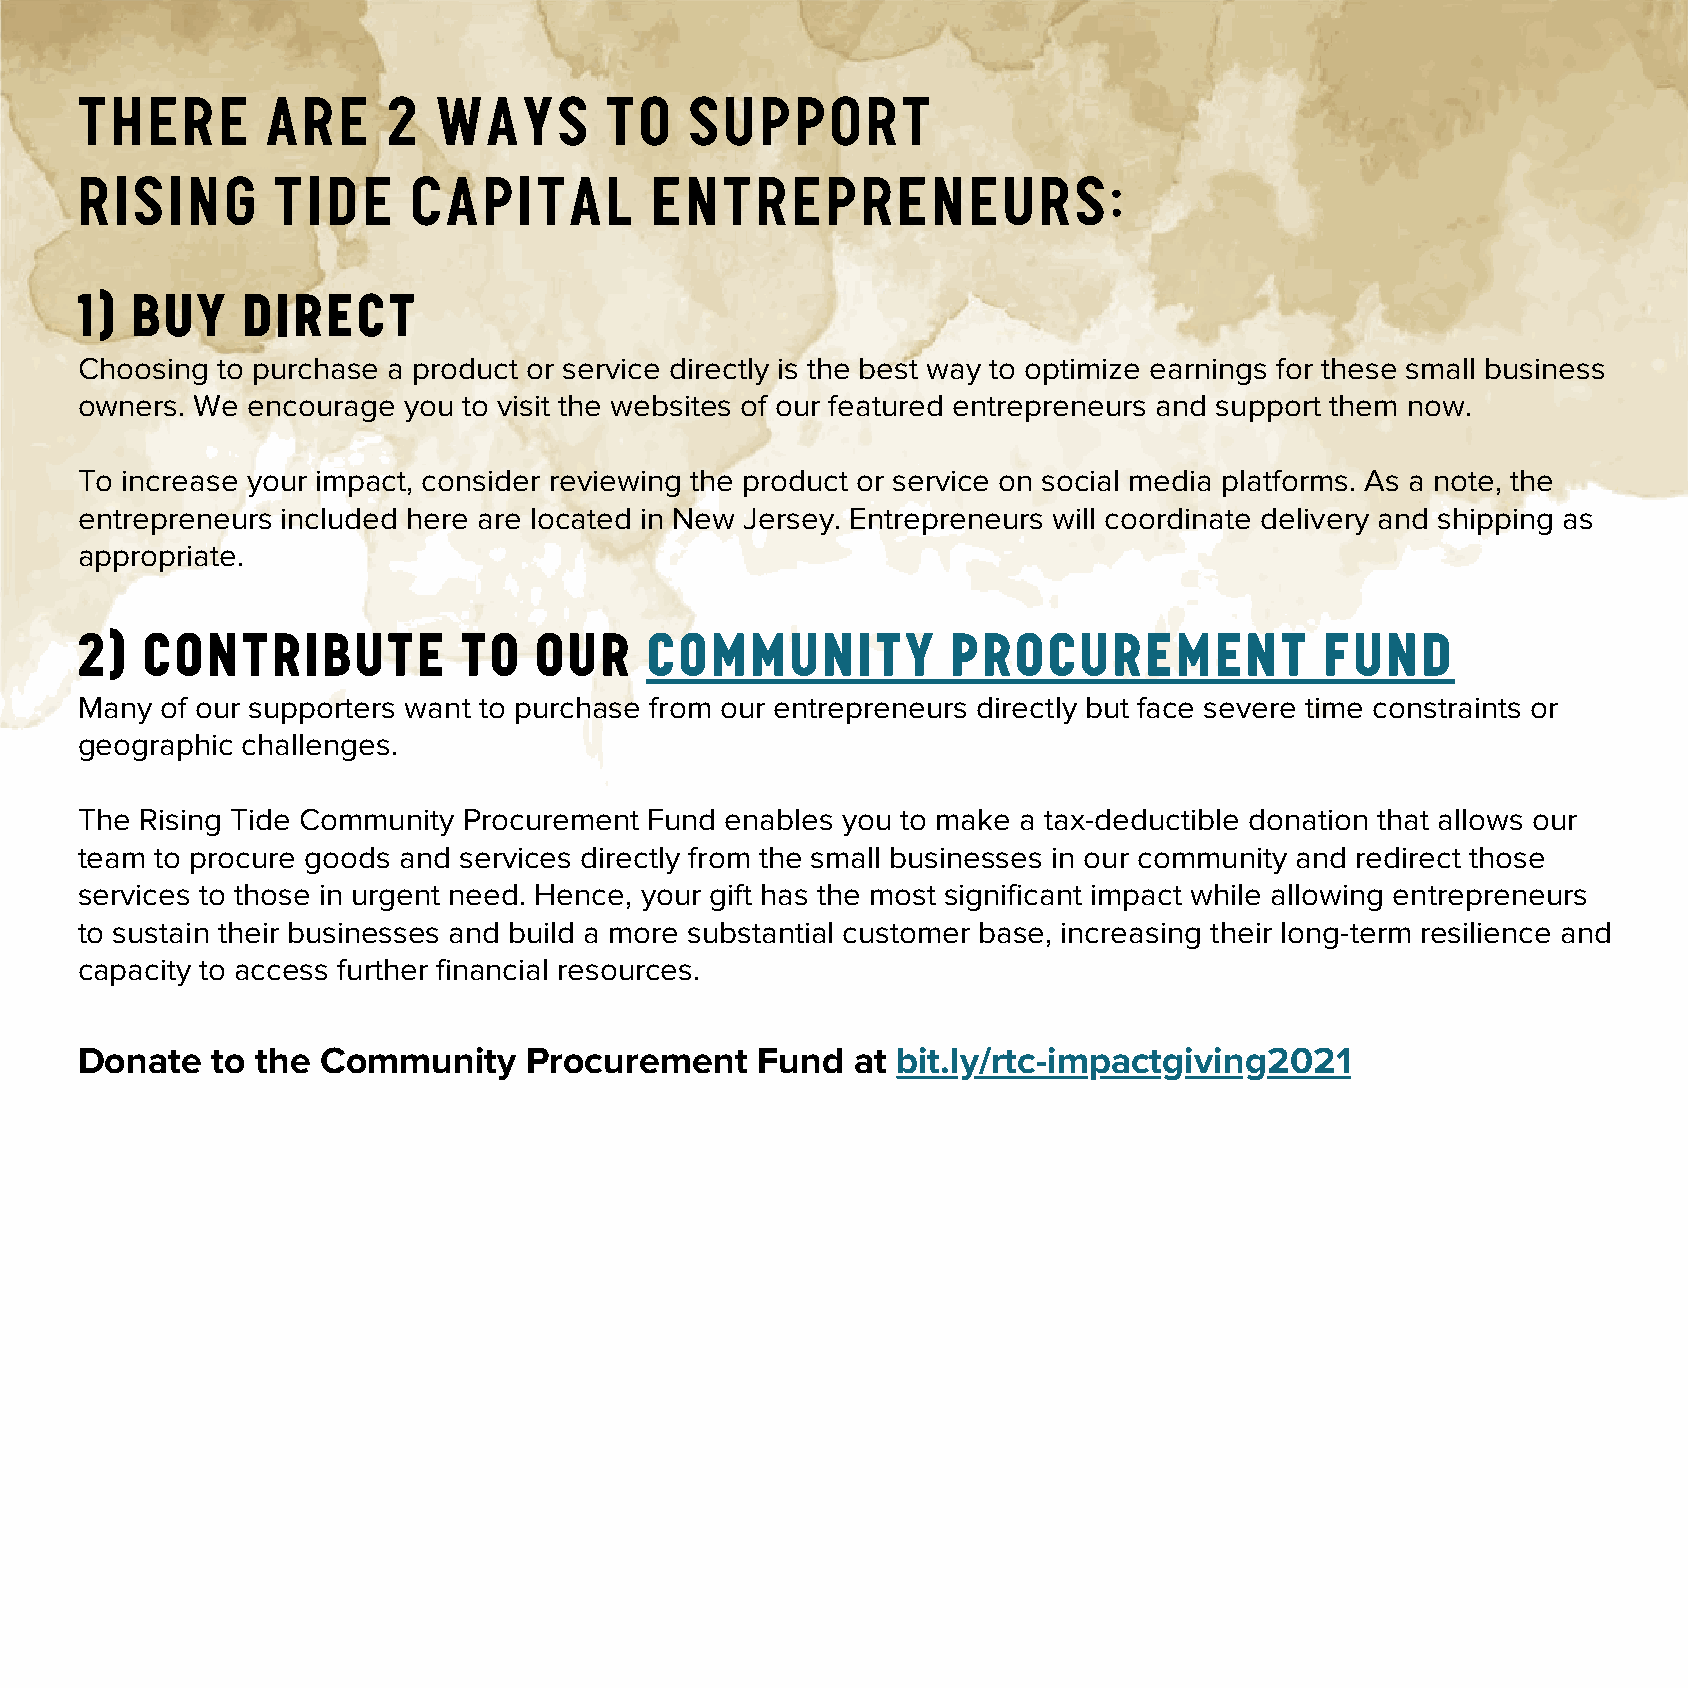
THERE        ARE     2  WAYS       TO    SUPPORT
 RISING       TIDE     CAPITAL         ENTREPRENEURS:
 1)  Buy    Direct
 Choosing to purchase a product or service directly is the best way to optimize earnings for these small business
 owners. We encourage  you to visit the websites of our featured entrepreneurs and support them now.
 To increase your impact, consider reviewing the product or service on social media platforms. As a note, the
 entrepreneurs included here are located in New Jersey. Entrepreneurs will coordinate delivery and shipping as
 appropriate.
 2)  Contribute            to  our     Community           Procurement              Fund
 Many  of our supporters want to purchase from our entrepreneurs directly but face severe time constraints or
 geographic challenges.
 The Rising Tide Community Procurement Fund enables you to make a tax-deductible donation that allows our
 team to procure goods and services directly from the small businesses in our community and redirect those
 services to those in urgent need. Hence, your gift has the most significant impact while allowing entrepreneurs
 to sustain their businesses and build a more substantial customer base, increasing their long-term resilience and
 capacity to access further financial resources.
 Donate   to the Community     Procurement    Fund   at bit.ly/rtc-impactgiving2021